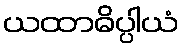
ယထာဓိပ္ပါယံ